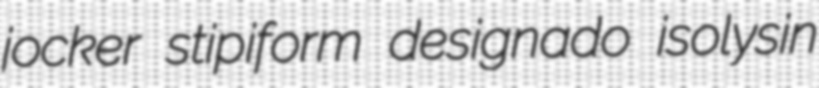
jocker stipiform designado isolysin